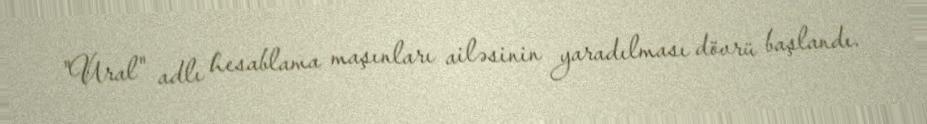
"Ural" adlı hesablama maşınları ailəsinin yaradılması dövrü başlandı.